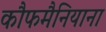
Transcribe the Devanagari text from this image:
कौफमैनियाना